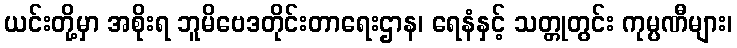
ယင်းတို့မှာ အစိုးရ ဘူမိဗေဒတိုင်းတာရေးဌာန၊ ရေနံနှင့် သတ္တုတွင်း ကုမ္ပဏီများ၊